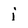
Character: i